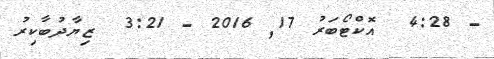
- 4:28  އޮކްޓޯބަރު 17